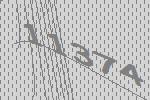
11374